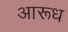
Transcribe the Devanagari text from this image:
आरूध